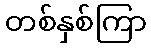
တစ်နှစ်ကြာ